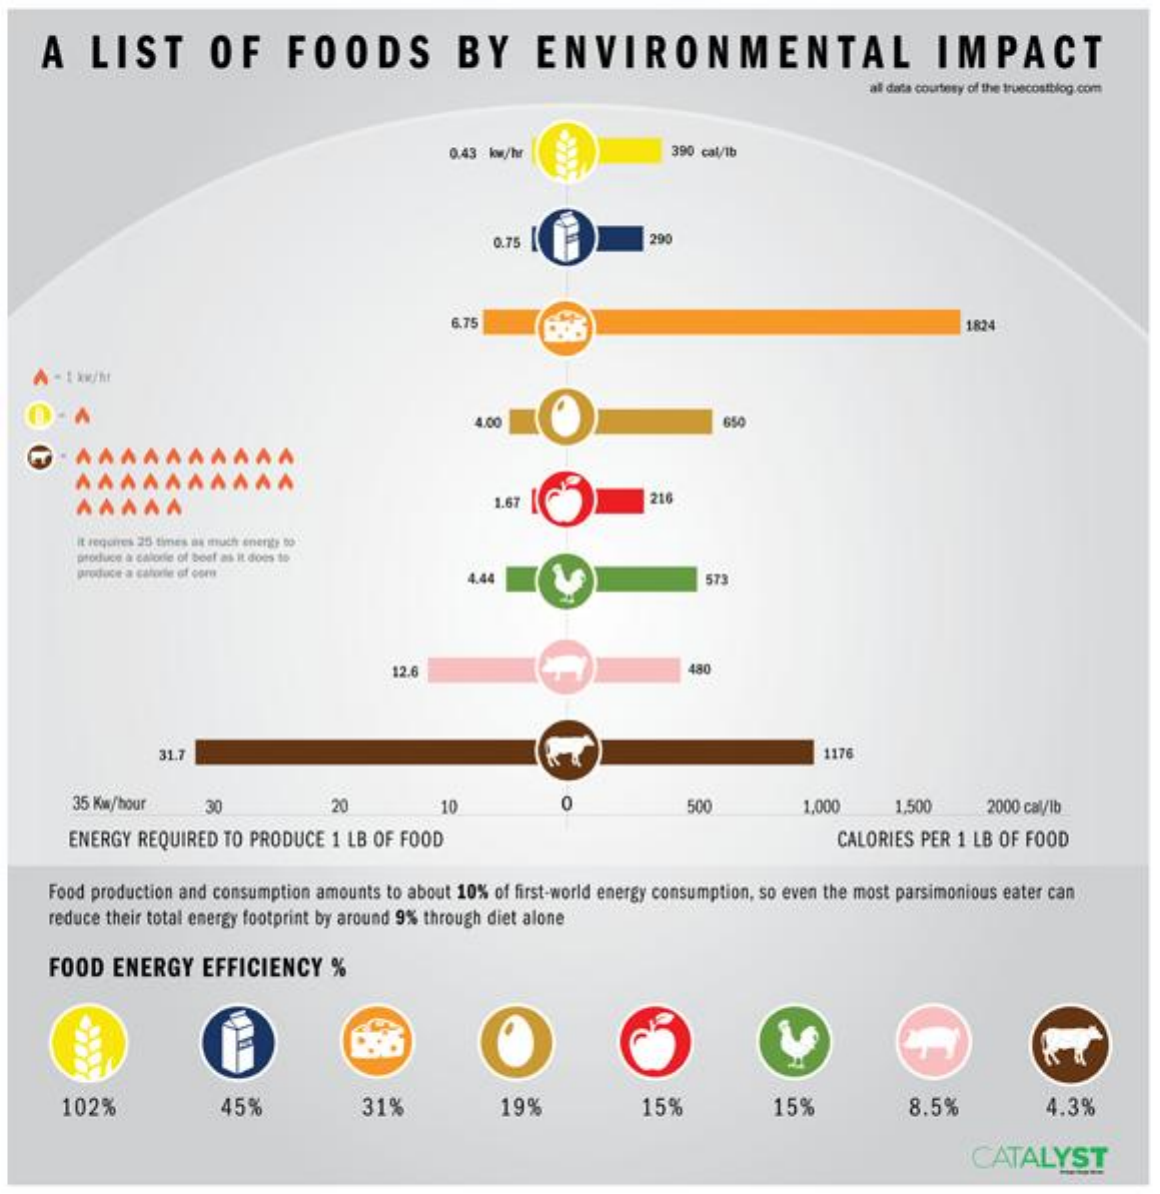
A    LIST    OF    FOODS    BY    ENVIRONMENTAL    IMPACT
     all data courtesy of the truecostblog.com
     0.43 kw/hr    390 cal/1b
     0.75    290
     5.75    1824
     1.00    650
     AAAAAAAAAA
     AAAAA    1.67    216
     it requires 25 times as much enerate Do
     produce à calorie of boef as it does te
     produce a calorie of corn    4.44    573
     12.6    480
     31.7    1176
     35 Kw/hour    30    20    10    0    500    1,000    1.500    2000 cal/lb
     ENERGY REQUIRED TO PRODUCE 1 LB OF FOOD    CALORIES PER 1 LB OF FOOD
     Food production and consumption amounts to about 10% of first-world energy consumption, so even the most parsimonious eater can
     reduce their total energy footprint by around 9% through diet alone
     FOOD   ENERGY   EFFICIENCY    %
     102%    45%    31%    19%    15%    15%    8.5%    4.3%
     CATALYST